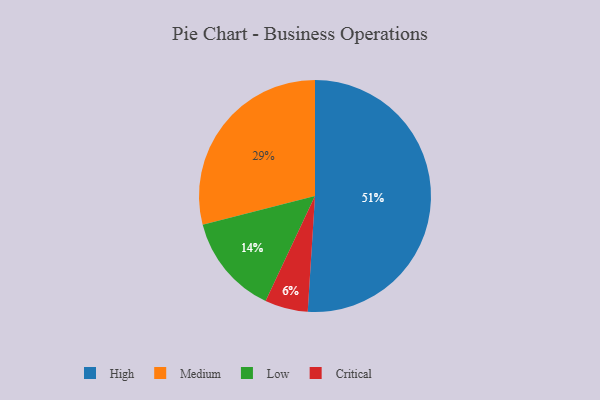
{"axis": {"x": "Category", "y": "Percentage"}, "legend": ["Critical", "High", "Low", "Medium"], "data": [{"x": "Low", "y": 14, "type": "Low"}, {"x": "High", "y": 51, "type": "High"}, {"x": "Critical", "y": 6, "type": "Critical"}, {"x": "Medium", "y": 29, "type": "Medium"}]}